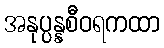
အနုပ္ပန္နစီဝရကထာ